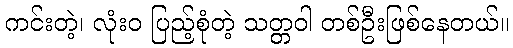
ကင်းတဲ့၊ လုံးဝ ပြည့်စုံတဲ့ သတ္တဝါ တစ်ဦးဖြစ်နေတယ်။